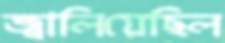
জ্বালিয়েছিল